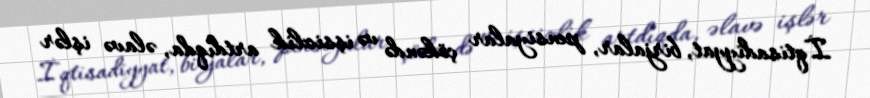
İqtisadiyyat, birjalar, pensiyalar çökəndə və işsizlik artdıqda, əlavə işlər